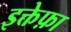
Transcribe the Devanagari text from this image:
इक्तेफ़ा